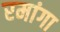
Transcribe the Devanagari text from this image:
रमांगा